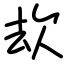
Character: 㰦